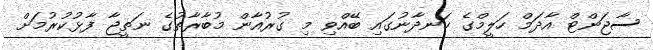
ސާޖަންޓް އާދަމް ހަލީމްގެ ހަނދާނުގައި ބޭއްވި މި ގުރުއާން މުބާރާތުގެ ނަތީޖާ ފާޅުކުރުމަށް